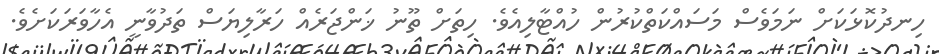
ހިނދުކޮޅަކަށް ނަމަވެސް މަސައްކަތްކުރުން ހުއްޓާލިއެވެ. ހިތަށް ތޫނު ޚަންޖަރެއް ހަރާލިޔަސް ތަދުވާނީ އެހާވަރަކަށެވެ.